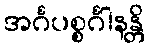
အင်္ဂပစ္စင်္ဂါနန္တိ